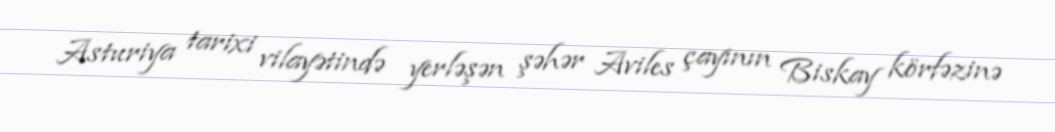
Asturiya tarixi vilayətində yerləşən şəhər Aviles çayının Biskay körfəzinə